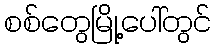
စစ်တွေမြို့ပေါ်တွင်